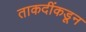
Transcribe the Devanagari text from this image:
ताकदींकडून